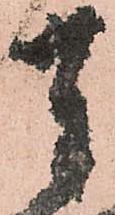
奉